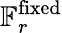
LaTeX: \mathbb{F}_{r}^{\mathrm{fixed}}